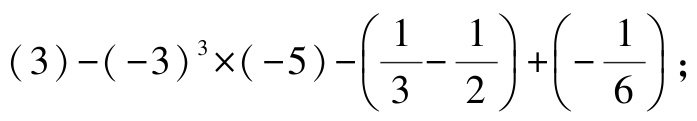
\((3)-(-3)^{3}\times(-5)-\left(\dfrac{1}{3}-\dfrac{1}{2}\right)+\left(-\dfrac{1}{6}\right);\)